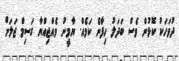
ދުވަހަކު ކޮޅުން ވެސް ބަދަލު ހިފާނެ ކަމެއް. ޔާމީނު ވެއްޖިއްޔާ ގަސިމް ޖަލަށް